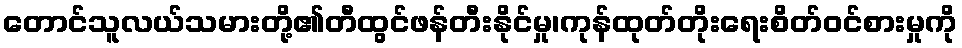
တောင်သူလယ်သမားတို့၏တီထွင်ဖန်တီးနိုင်မှု၊ကုန်ထုတ်တိုးရေးစိတ်ဝင်စားမှုကို